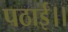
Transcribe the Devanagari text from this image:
पठाई।।